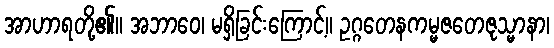
အာဟာရတို့၏။ အဘာဝေ၊ မရှိခြင်းကြောင့်။ ဥဂ္ဂတေနကမ္မဇတေဇုသ္မာနာ၊